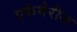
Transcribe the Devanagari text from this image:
एफेमेरीज